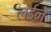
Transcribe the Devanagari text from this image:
लईने